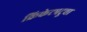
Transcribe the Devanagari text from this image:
क्रिकेटपटूचा